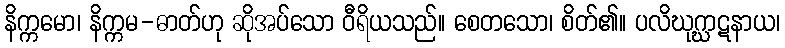
နိက္ကမော၊ နိက္ကမ-ဓာတ်ဟု ဆိုအပ်သော ဝီရိယသည်။ စေတသော၊ စိတ်၏။ ပလိဃုဂ္ဃာဋနာယ၊